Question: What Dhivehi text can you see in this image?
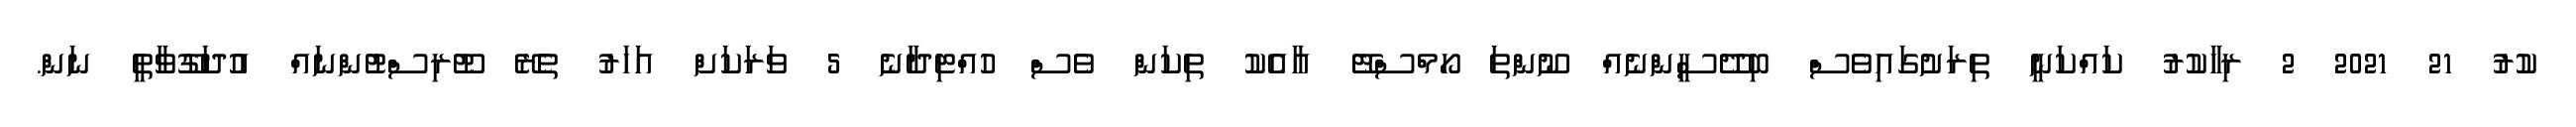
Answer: ކުރު 21 2021 2 ރިހާކުރު ކައްކަނީ ތިރަށުގައިވެސް ބިދޭސީންނެއް ނޫންތަ ހޯމްސްޓޭ އާއެކު ތިކަން ވެސް ހުއްޓިދާނެ 5 ވަރަކަށް އަހަރު ތެރޭ ޓޫރިސްޓުންނައް އުދަގޫވާތީ ނަން.